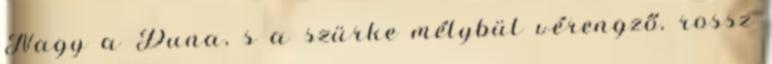
Nagy a Duna, s a szürke mélybül vérengző, rossz